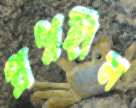
প্রশ্নহীন